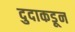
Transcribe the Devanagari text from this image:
दुदाकडून